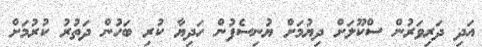
އަދި ދަރިވަރުން ސްކޫލަށް ދިޔުމަށް ޔުނިސެފުން ހަދިޔާ ކުރި ބަހުން ދަތުރު ކުރުމަށް